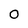
Character: 0